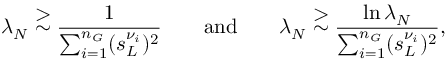
\lambda _ { N } \stackrel { \displaystyle > } { \sim } \frac { 1 } { \sum _ { i = 1 } ^ { n _ { G } } ( s _ { L } ^ { \nu _ { i } } ) ^ { 2 } } \qquad \mathrm { a n d } \qquad \lambda _ { N } \stackrel { \displaystyle > } { \sim } \frac { \ln \lambda _ { N } } { \sum _ { i = 1 } ^ { n _ { G } } ( s _ { L } ^ { \nu _ { i } } ) ^ { 2 } } ,